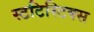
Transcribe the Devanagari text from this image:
स्टटिस्टिक्स